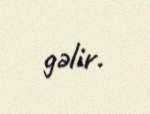
gəlir.